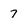
Character: 7